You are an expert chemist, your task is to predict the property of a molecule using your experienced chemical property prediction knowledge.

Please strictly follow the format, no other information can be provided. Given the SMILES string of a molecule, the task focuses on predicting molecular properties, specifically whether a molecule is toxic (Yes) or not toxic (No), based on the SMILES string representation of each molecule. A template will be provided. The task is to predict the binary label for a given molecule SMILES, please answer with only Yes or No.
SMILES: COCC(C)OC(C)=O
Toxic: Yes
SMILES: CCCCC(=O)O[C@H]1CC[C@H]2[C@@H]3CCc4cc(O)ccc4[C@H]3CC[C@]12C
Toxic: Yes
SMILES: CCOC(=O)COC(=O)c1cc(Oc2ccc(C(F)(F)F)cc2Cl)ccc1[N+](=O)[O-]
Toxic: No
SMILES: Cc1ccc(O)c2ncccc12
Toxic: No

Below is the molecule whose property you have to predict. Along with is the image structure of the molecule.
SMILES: C=Cc1cccc(CCl)c1
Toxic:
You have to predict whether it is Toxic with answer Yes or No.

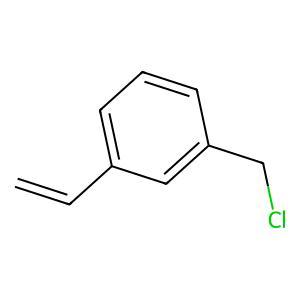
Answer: No